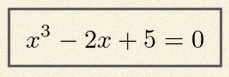
x^3-2x+5=0